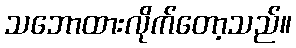
သဘောထားလိုက်တော့သည်။